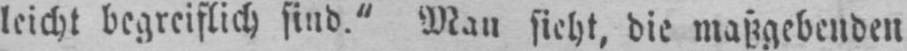
leicht begreiflich sind.“ Man sieht, die maßgebenden